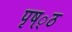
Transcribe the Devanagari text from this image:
पृष््ठ